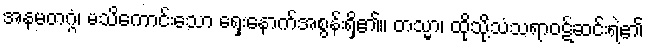
အနမတဂ္ဂံ၊ မသိကောင်းသော ရှေးနောက်အစွန်းရှိ၏။ တသ္မာ၊ ထိုသို့သံသရာဝဋ်ဆင်းရဲ၏